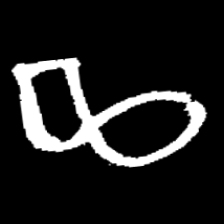
Pyu character \u2014 Myanmar letter: ဆ (romanized: cha)